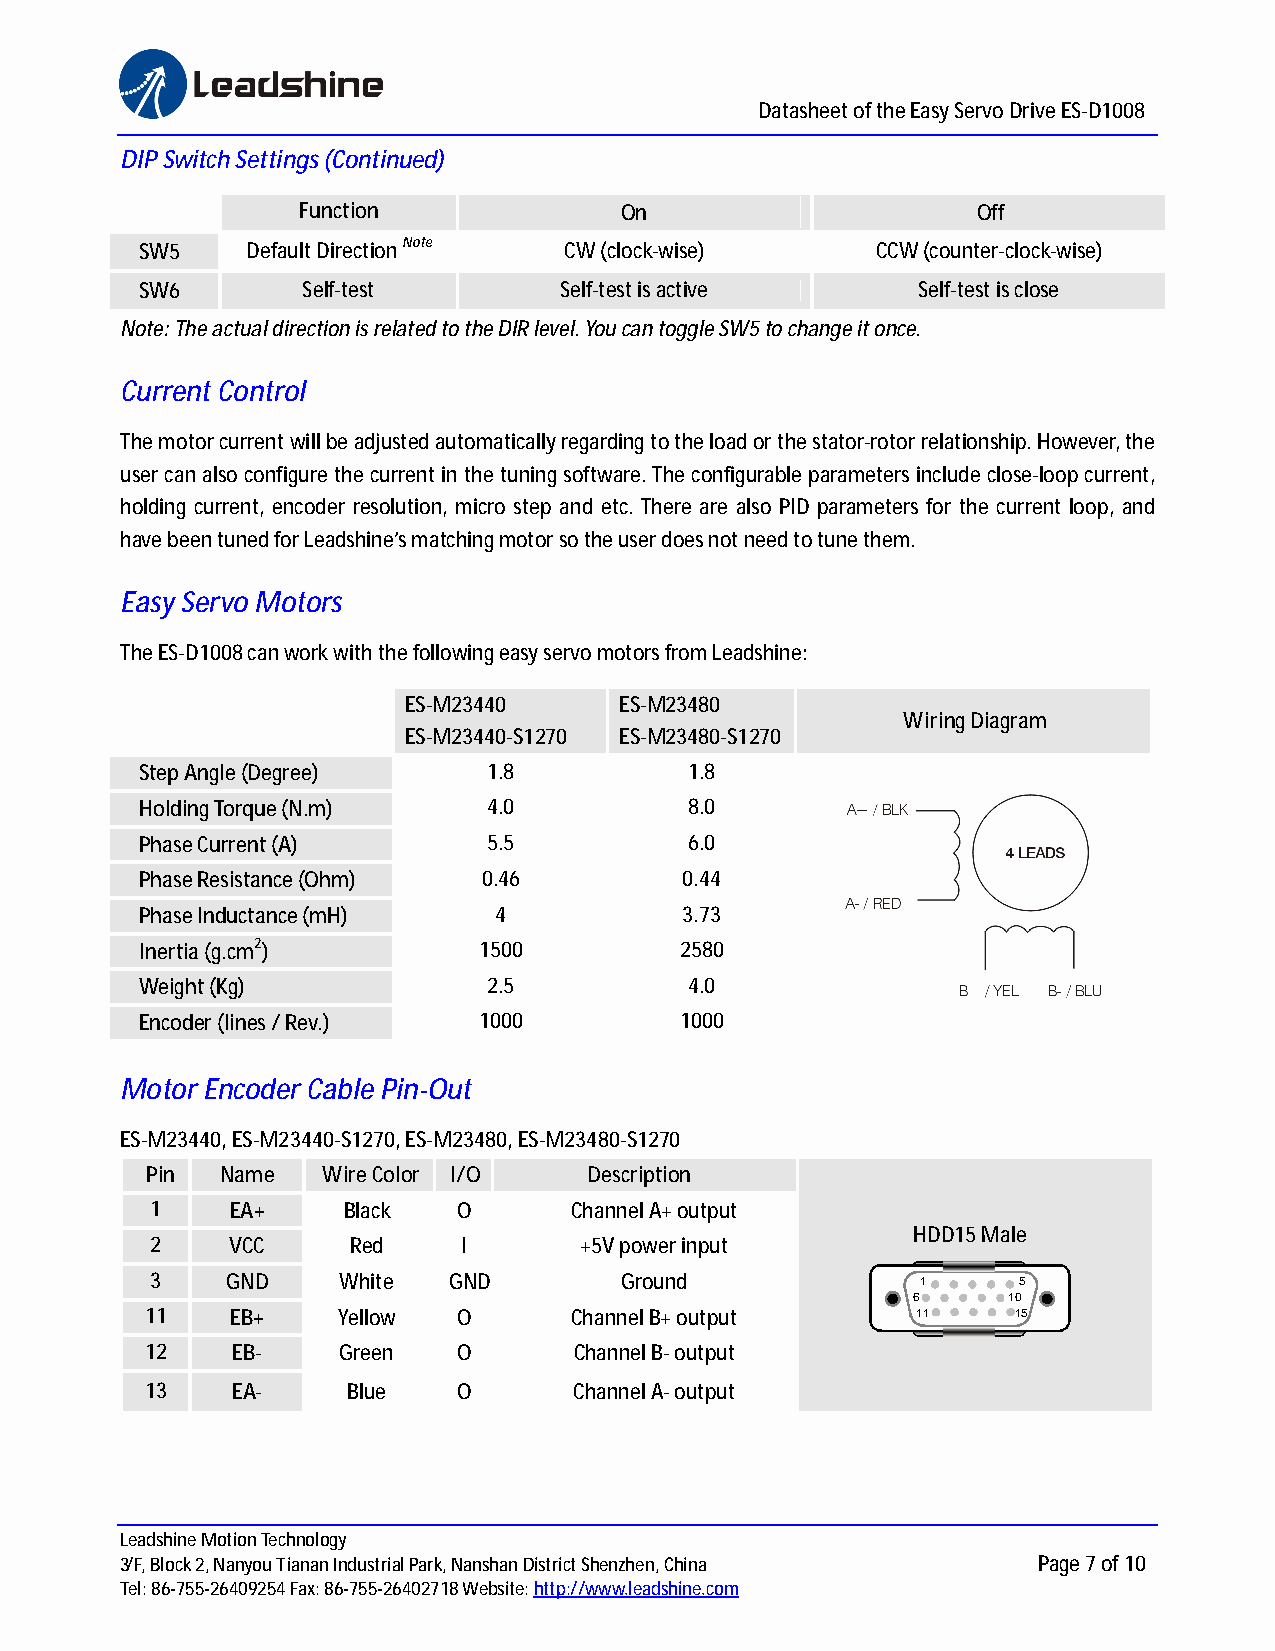
Datasheet of the Easy Servo Drive ES-D1008
 DIP Switch Settings (Continued)
 Function             On                      Off
 SW5    Default Direction Note CW (clock-wise)    CCW (counter-clock-wise)
 SW6        Self-test        Self-test is active     Self-test is close
 Note: The actual direction is related to the DIR level. You can toggle SW5 to change it once.
 Current Control
 The motor current will be adjusted automatically regarding to the load or the stator-rotor relationship. However, the
 user can also configure the current in the tuning software. The configurable parameters include close-loop current,
 holding current, encoder resolution, micro step and etc. There are also PID parameters for the current loop, and
 have been tuned for Leadshine’s matching motor so the user does not need to tune them.
 Easy Servo Motors
 The ES-D1008 can work with the following easy servo motors from Leadshine:
 ES-M23440     ES-M23480
 Wiring Diagram
 ES-M23440-S1270 ES-M23480-S1270
 Step Angle (Degree)    1.8           1.8
 Holding Torque (N.m)   4.0           8.0
 Phase Current (A)      5.5           6.0
 Phase Resistance (Ohm) 0.46         0.44
 Phase Inductance (mH)   4           3.73
 Inertia (g.cm2)        1500         2580
 Weight (Kg)            2.5           4.0
 Encoder (lines / Rev.) 1000         1000
 Motor Encoder Cable Pin-Out
 ES-M23440, ES-M23440-S1270, ES-M23480, ES-M23480-S1270
 Pin  Name  Wire Color I/O    Description
 1    EA+     Black  O       Channel A+ output
 HDD15 Male
 2    VCC     Red     I      +5V power input
 3    GND    White   GND        Ground              1     5
 6      10
 11   EB+    Yellow  O       Channel B+ output      11    15
 12   EB-    Green   O       Channel B- output
 13   EA-     Blue   O       Channel A- output
 Leadshine Motion Technology
 3/F, Block 2, Nanyou Tianan Industrial Park, Nanshan District Shenzhen, China Page 7 of 10
 Tel: 86-755-26409254 Fax: 86-755-26402718 Website:h ttp://www.leadshine.com